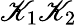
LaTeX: \mathscr{K}_{1}\mathscr{K}_{2}